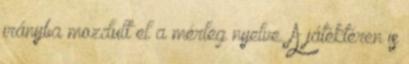
irányba mozdult el a mérleg nyelve. A játéktéren is